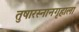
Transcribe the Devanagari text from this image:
तुषारस्नानगृहाला